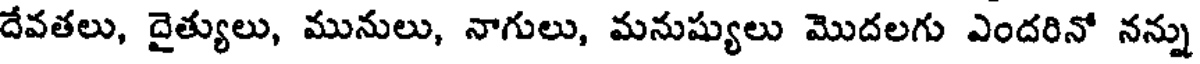
దేవతలు, దైత్యులు, మునులు, నాగులు, మనుష్యులు మొదలగు ఎందరినో నన్ను